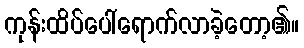
ကုန်းထိပ်ပေါ်ရောက်လာခဲ့တော့၏။